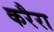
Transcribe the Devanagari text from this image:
करैरा